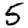
Digit: 5